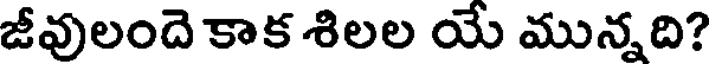
జీవులందె కాక శిలల యే మున్నది?